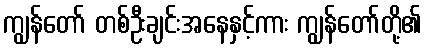
ကျွန်တော် တစ်ဦးချင်းအနေနှင့်ကား ကျွန်တော်တို့၏